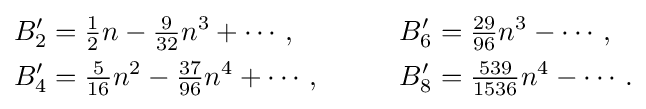
{\begin{aligned}B'_{2}&={\tfrac {1}{2}}n-{\tfrac {9}{32}}n^{3}+\cdots ,&B'_{6}&={\tfrac {29}{96}}n^{3}-\cdots ,\\B'_{4}&={\tfrac {5}{16}}n^{2}-{\tfrac {37}{96}}n^{4}+\cdots ,\qquad &B'_{8}&={\tfrac {539}{1536}}n^{4}-\cdots .\end{aligned}}